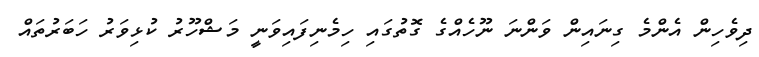
ދިވެހިން އެންމެ ގިނައިން ވަންނަ ނޫހެއްގެ ގޮތުގައި ހިމެނިފައިވަނީ މަޝްހޫރު ކުޅިވަރު ހަބަރުތައް